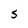
Character: S